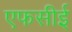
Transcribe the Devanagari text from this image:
एफसीई